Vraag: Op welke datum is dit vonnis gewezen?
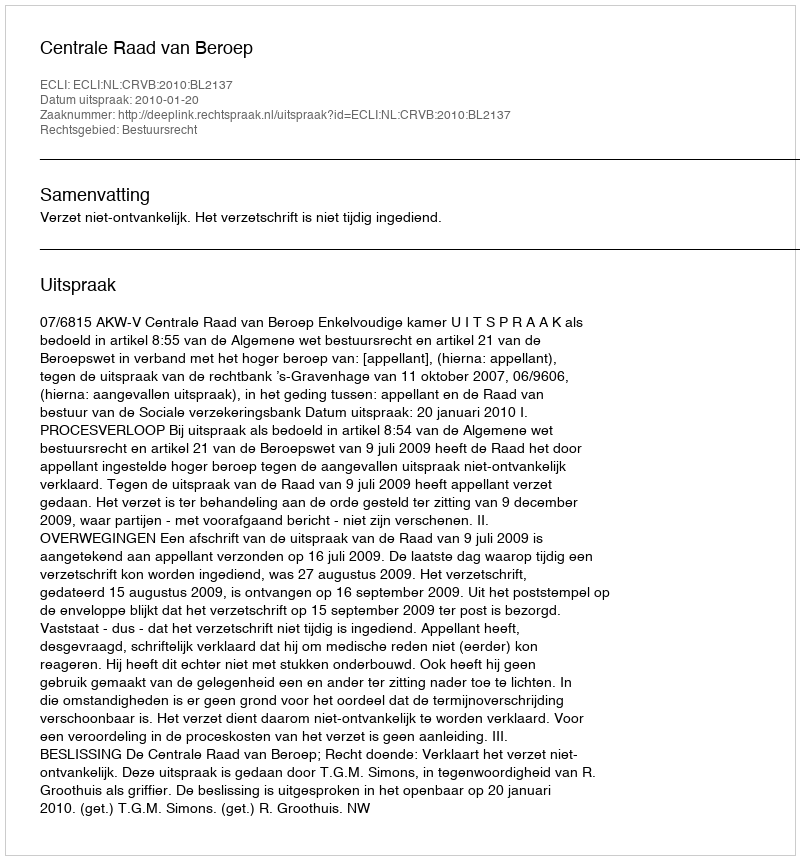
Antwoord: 2010-01-20